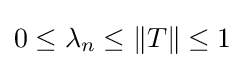
0\leq \lambda _{n}\leq \|T\|\leq 1